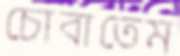
চোবাতেম